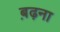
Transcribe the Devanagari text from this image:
ब़ढ़ना